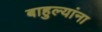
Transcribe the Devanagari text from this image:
बाहुल्यांना